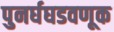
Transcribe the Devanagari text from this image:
पुनर्घघडवणूक